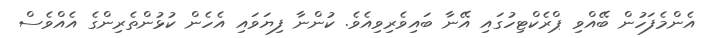
އެންމެފަހުން ބޭއްވި ޕްރެކްޓިހުގައި އޭނާ ބައިވެރިވިއެވެ. ކުންނާ ފިޔަވައި އެެހެން ކުޅުންތެރިންގެ އެއްވެސް